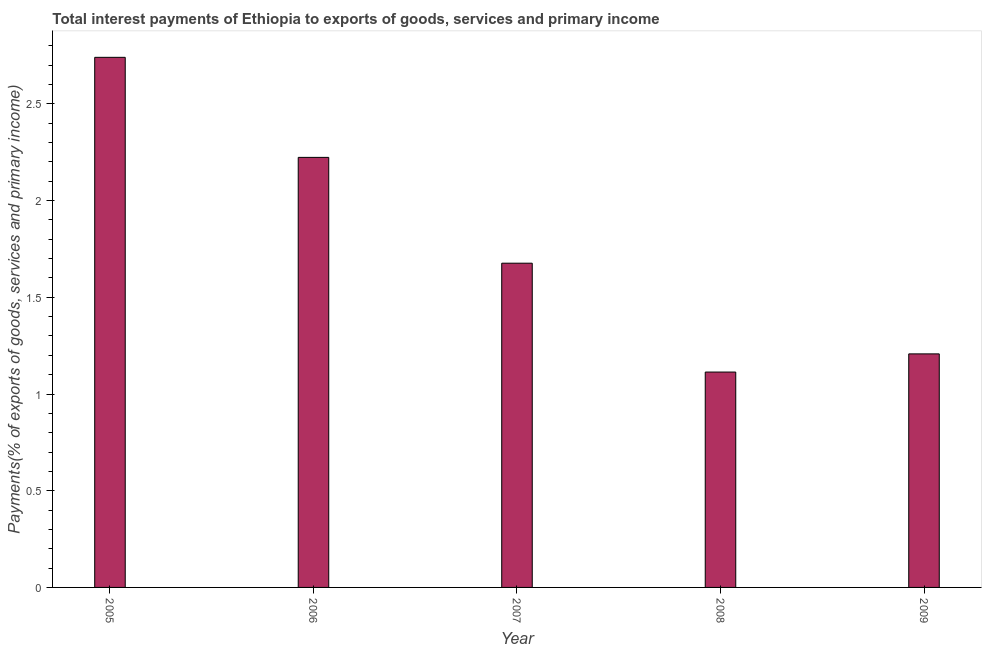
| Year | Interest payments on external debt |
 | --- | --- |
 | 2005 | 2.74 |
 | 2006 | 2.22 |
 | 2007 | 1.68 |
 | 2008 | 1.11 |
 | 2009 | 1.21 |